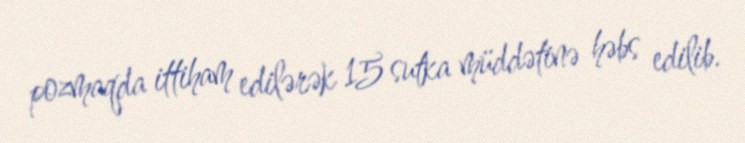
pozmaqda ittiham edilərək 15 sutka müddətinə həbs edilib.